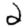
Digit: 2